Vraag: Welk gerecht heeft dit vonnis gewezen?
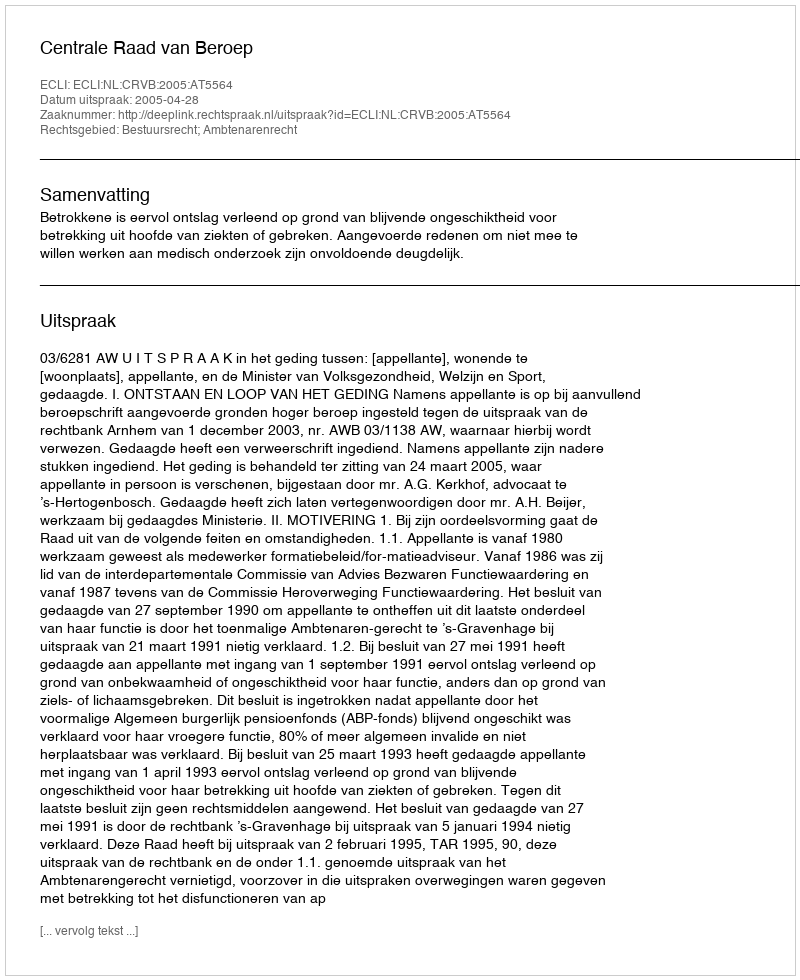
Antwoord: Centrale Raad van Beroep